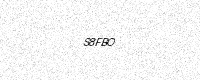
Text: S8FBO